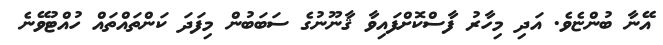
އޭނާ ބުންޏެވެ. އަދި މިހާރު ފާސްކޮށްފައިވާ ޤާނޫނުގެ ސަބަބުން މިފަދަ ކަންތައްތައް ހުއްޓުވޭނެ